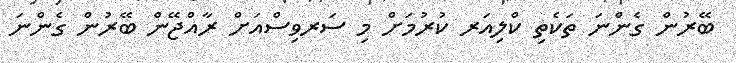
ބޭރުން ގެންނަ ތަކެތި ކްލިއަރ ކުރުމަށް މި ސަރވިސްއަށް ރާއްޖޭން ބޭރުން ގެންނަ